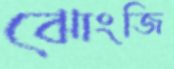
ঝোংজি